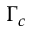
\Gamma _ { c }